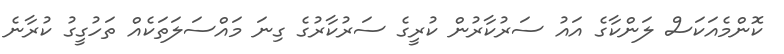
ކޮންމެއަކަސް ލަންކާގެ އައު ސަރުކާރުން ކުރީގެ ސަރުކާރުގެ ގިނަ މައްސަލަތަކެއް ތަހުގީގު ކުރާނެ